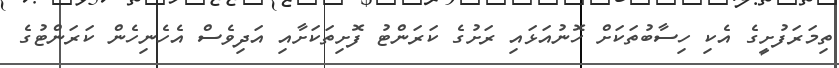
ތިމަރަފުށީގެ އެކި ހިސާބުތަކަށް ހޮނުއަޅައި ރަށުގެ ކަރަންޓު ފޮށިތަކަށާއި އަދިވެސް އެހެނިހެން ކަރަންޓުގެ